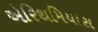
એરિથમિયાસ